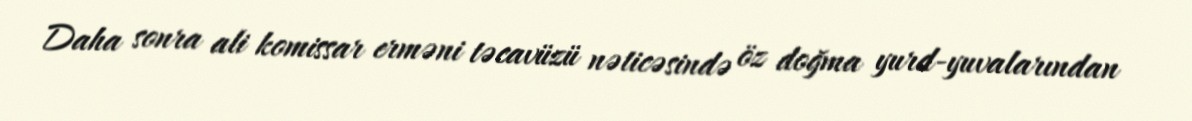
Daha sonra ali komissar erməni təcavüzü nəticəsində öz doğma yurd-yuvalarından